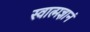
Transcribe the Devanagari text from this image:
स्वात्मज्ञानं